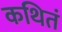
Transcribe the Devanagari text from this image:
कथितं